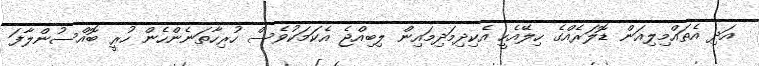
އަދި އެތައްމިލިއަން ޑޮލަރެއްގެ ހިލޭއެހީ އެކިދިމަދިމައިން ލިބިއްޖެ އެކަމަކުވެސް ހުރިހާތަނެންހެން ހުރީ ބޮއްސުންލާފަ